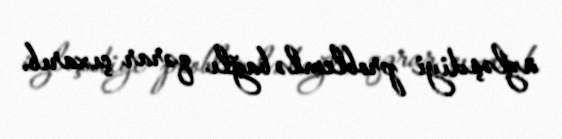
üzləşdiyi problemlə bağlı qərar çıxarıb.